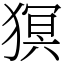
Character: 猽